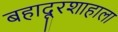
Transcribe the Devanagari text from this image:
बहादूरशाहाला